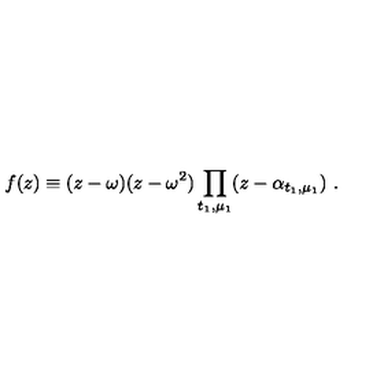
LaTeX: f ( z ) \equiv ( z - \omega ) ( z - \omega ^ { 2 } ) \prod _ { t _ { 1 } , \mu _ { 1 } } ( z - \alpha _ { t _ { 1 } , \mu _ { 1 } } ) \ .